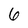
Character: 6